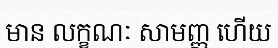
មាន លក្ខណៈ សាមញ្ញ ហើយ